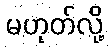
မဟုတ်လို့